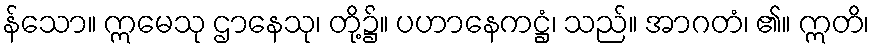
န်သော။ ဣမေသု ဌာနေသု၊ တို့၌။ ပဟာနေကဋ္ဌံ၊ သည်။ အာဂတံ၊ ၏။ ဣတိ၊